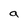
Character: a